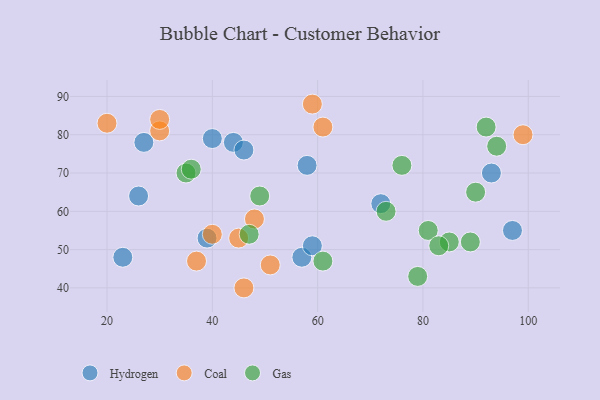
{"axis": {"x": "GDP", "y": "Life Expectancy"}, "legend": ["Coal", "Gas", "Hydrogen"], "data": [{"x": "93", "y": 70, "type": "Hydrogen"}, {"x": "57", "y": 48, "type": "Hydrogen"}, {"x": "59", "y": 51, "type": "Hydrogen"}, {"x": "27", "y": 78, "type": "Hydrogen"}, {"x": "58", "y": 72, "type": "Hydrogen"}, {"x": "44", "y": 78, "type": "Hydrogen"}, {"x": "97", "y": 55, "type": "Hydrogen"}, {"x": "26", "y": 64, "type": "Hydrogen"}, {"x": "40", "y": 79, "type": "Hydrogen"}, {"x": "46", "y": 76, "type": "Hydrogen"}, {"x": "23", "y": 48, "type": "Hydrogen"}, {"x": "72", "y": 62, "type": "Hydrogen"}, {"x": "39", "y": 53, "type": "Hydrogen"}, {"x": "46", "y": 40, "type": "Coal"}, {"x": "45", "y": 53, "type": "Coal"}, {"x": "61", "y": 82, "type": "Coal"}, {"x": "59", "y": 88, "type": "Coal"}, {"x": "37", "y": 47, "type": "Coal"}, {"x": "48", "y": 58, "type": "Coal"}, {"x": "20", "y": 83, "type": "Coal"}, {"x": "30", "y": 81, "type": "Coal"}, {"x": "40", "y": 54, "type": "Coal"}, {"x": "99", "y": 80, "type": "Coal"}, {"x": "30", "y": 84, "type": "Coal"}, {"x": "51", "y": 46, "type": "Coal"}, {"x": "94", "y": 77, "type": "Gas"}, {"x": "76", "y": 72, "type": "Gas"}, {"x": "35", "y": 70, "type": "Gas"}, {"x": "85", "y": 52, "type": "Gas"}, {"x": "92", "y": 82, "type": "Gas"}, {"x": "81", "y": 55, "type": "Gas"}, {"x": "79", "y": 43, "type": "Gas"}, {"x": "49", "y": 64, "type": "Gas"}, {"x": "47", "y": 54, "type": "Gas"}, {"x": "36", "y": 71, "type": "Gas"}, {"x": "89", "y": 52, "type": "Gas"}, {"x": "90", "y": 65, "type": "Gas"}, {"x": "61", "y": 47, "type": "Gas"}, {"x": "83", "y": 51, "type": "Gas"}, {"x": "73", "y": 60, "type": "Gas"}]}